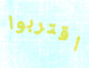
اقتربوا